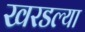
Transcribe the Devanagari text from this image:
खरडल्या